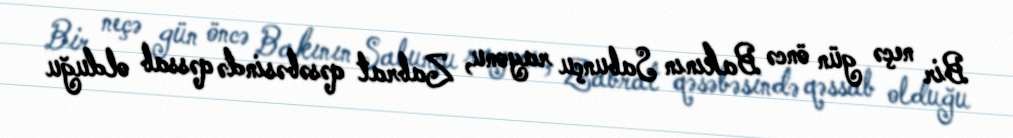
Bir neçə gün öncə Bakının Sabunçu rayonu, Zabrat qəsəbəsində qəssab olduğu